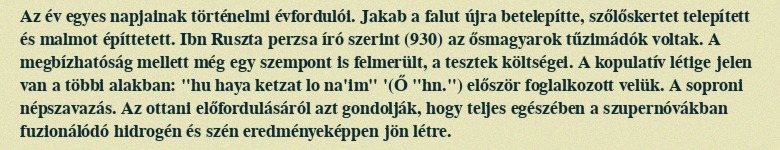
Az év egyes napjainak történelmi évfordulói. Jakab a falut újra betelepítte, szőlőskertet telepített és malmot építtetett. Ibn Ruszta perzsa író szerint (930) az ősmagyarok tűzimádók voltak. A megbízhatóság mellett még egy szempont is felmerült, a tesztek költségei. A kopulatív létige jelen van a többi alakban: "hu haya ketzat lo na'im" '(Ő "hn.") először foglalkozott velük. A soproni népszavazás. Az ottani előfordulásáról azt gondolják, hogy teljes egészében a szupernóvákban fuzionálódó hidrogén és szén eredményeképpen jön létre.